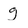
Character: g